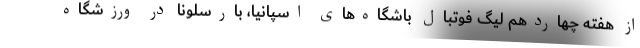
از هفته چهاردهم لیگ فوتبال باشگاه‌های اسپانیا، بارسلونا در ورزشگاه